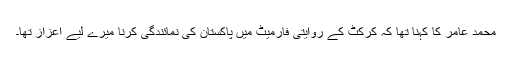
محمد عامر کا کہنا تھا کہ کرکٹ کے روایتی فارمیٹ میں پاکستان کی نمائندگی کرنا میرے لیے اعزاز تھا۔